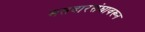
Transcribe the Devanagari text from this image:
मतदारसंघावरून